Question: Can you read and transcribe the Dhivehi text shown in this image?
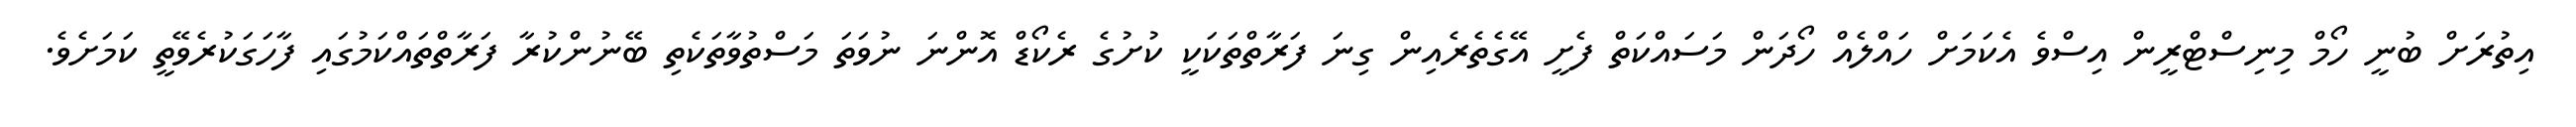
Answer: އިތުރަށް ބުނީ ހޯމް މިނިސްޓްރީން އިސްވެ އެކަމަށް ހައްލެއް ހޯދަން މަސައްކަތް ފެށީ އޭގެތެރެއިން ގިނަ ފަރާތްތަކަކީ ކުށުގެ ރެކޯޑް އޮންނަ ނުވަތަ މަސްތުވާތަކެތި ބޭނުންކުރާ ފަރާތްތައްކަމުގައި ފާހަގަކުރެވޭތީ ކަމަށެވެ.